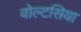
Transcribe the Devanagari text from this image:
वोल्टसिया